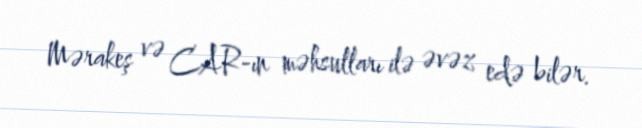
Mərakeş və CAR-ın məhsulları ilə əvəz edə bilər.